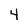
Character: 4